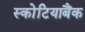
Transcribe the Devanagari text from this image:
स्कोटियाबैंक